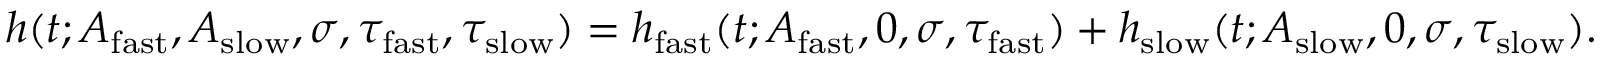
h ( t ; A _ { \mathrm { f a s t } } , A _ { \mathrm { s l o w } } , \sigma , \tau _ { \mathrm { f a s t } } , \tau _ { \mathrm { s l o w } } ) = h _ { \mathrm { f a s t } } ( t ; A _ { \mathrm { f a s t } } , 0 , \sigma , \tau _ { \mathrm { f a s t } } ) + h _ { \mathrm { s l o w } } ( t ; A _ { \mathrm { s l o w } } , 0 , \sigma , \tau _ { \mathrm { s l o w } } ) .